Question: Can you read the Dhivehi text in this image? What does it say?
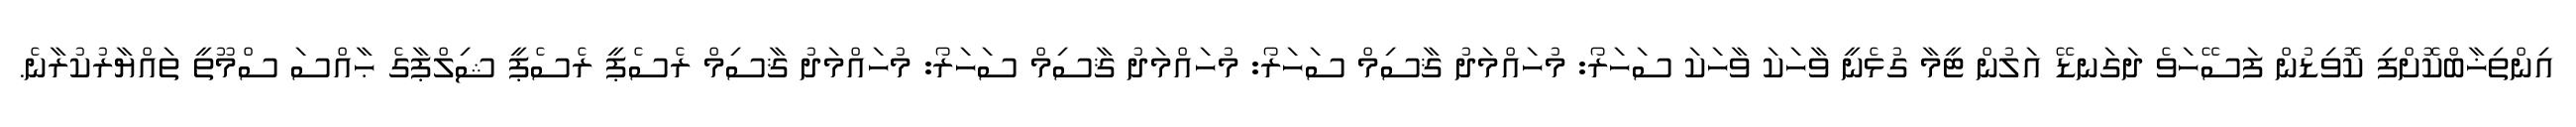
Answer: އިންތިޚާބްކޮށްފި ކޮވިޑުން ފަސޭހަވެ ދަގަނޑޭ އަލުން ޓީމާ ގުޅެނީ ވާހަކަ ވާހަކަ ސަހަރޯ: މުހައްމަދު ޤާސިމް ސަހަރޯ: މުހައްމަދު ޤާސިމް ސަހަރޯ: މުހައްމަދު ޤާސިމް ރެސެޕީ ރެސެޕީ ޝިލްޕާގެ ޙާއްސަ ސްމޫތީ ތައްޔާރުކުރާނެ.